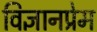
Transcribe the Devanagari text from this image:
विज्ञानप्रेम